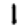
Digit: 1